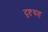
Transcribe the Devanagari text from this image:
दुष्टग्रह